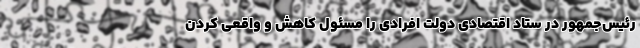
رئیس‌جمهور در ستاد اقتصادی دولت افرادی را مسئول کاهش و واقعی کردن